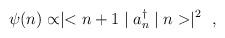
LaTeX: \begin{align*}\psi (n) \propto \mid < n +1 \mid a_n^{\dag} \mid n >\mid ^2 \ \ ,\end{align*}